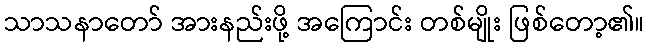
သာသနာတော် အားနည်းဖို့ အကြောင်း တစ်မျိုး ဖြစ်တော့၏။